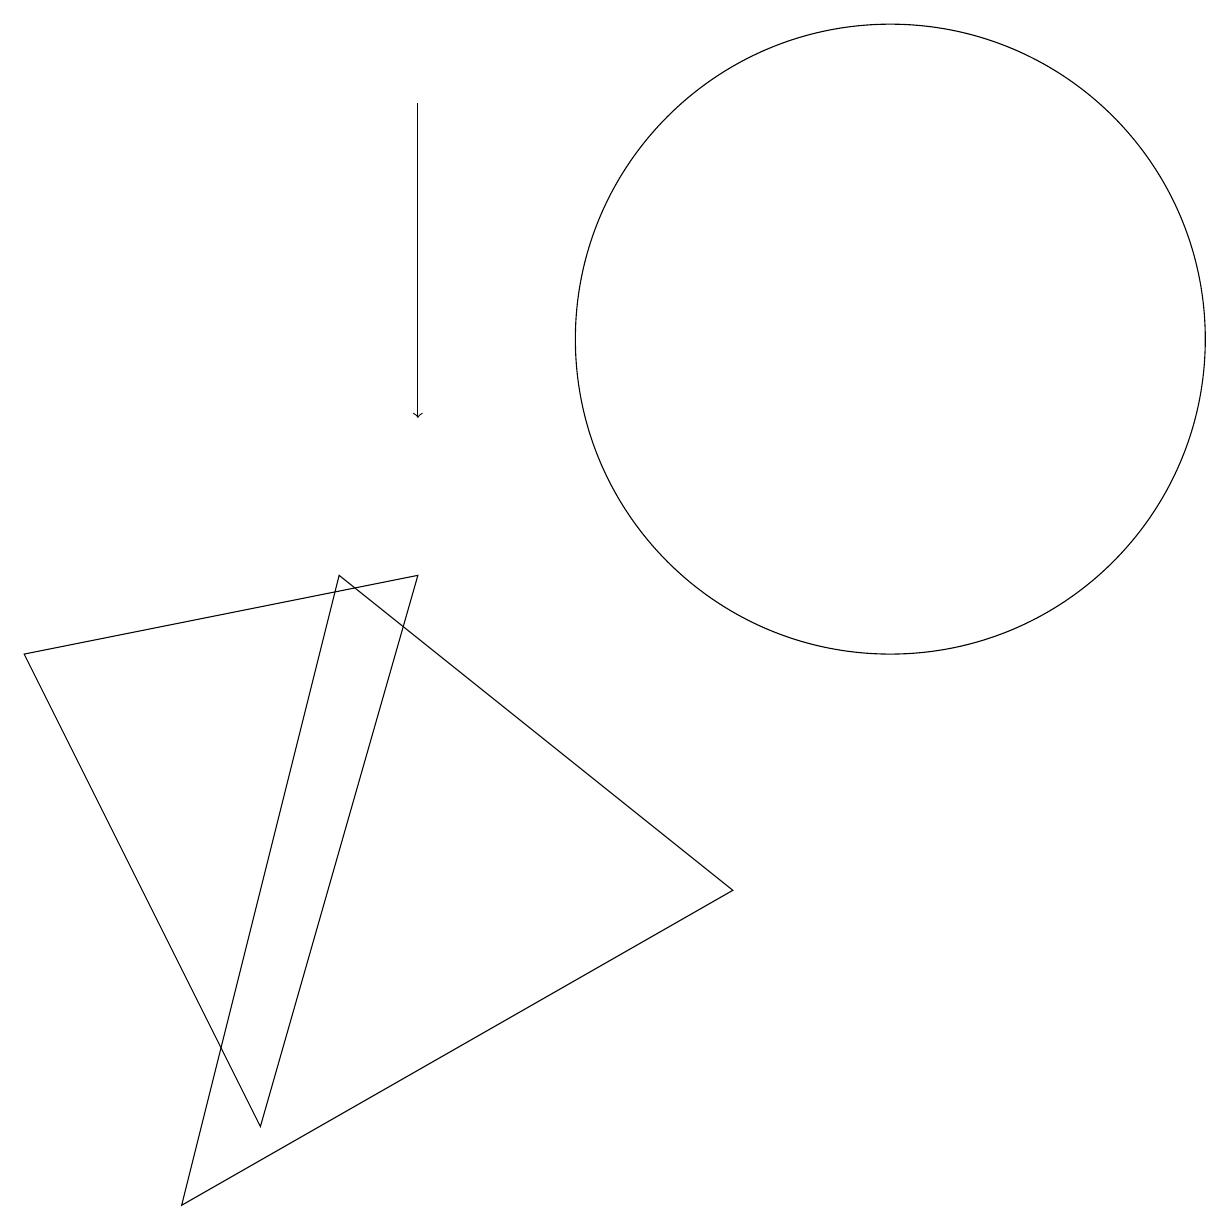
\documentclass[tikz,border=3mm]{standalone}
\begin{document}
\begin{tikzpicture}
\draw (11,11) circle (4);
\draw (4,8) -- (9,4) -- (2,0) -- cycle;
\draw[->] (5,14) -- (5,10);
\draw (3,1) -- (5,8) -- (0,7) -- cycle;
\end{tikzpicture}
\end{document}